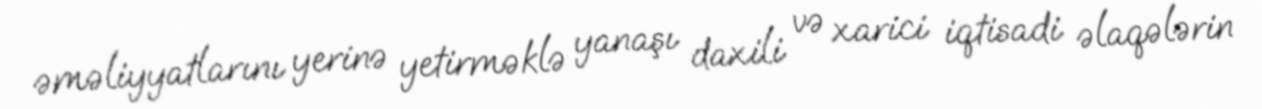
əməliyyatlarını yerinə yetirməklə yanaşı daxili və xarici iqtisadi əlaqələrin